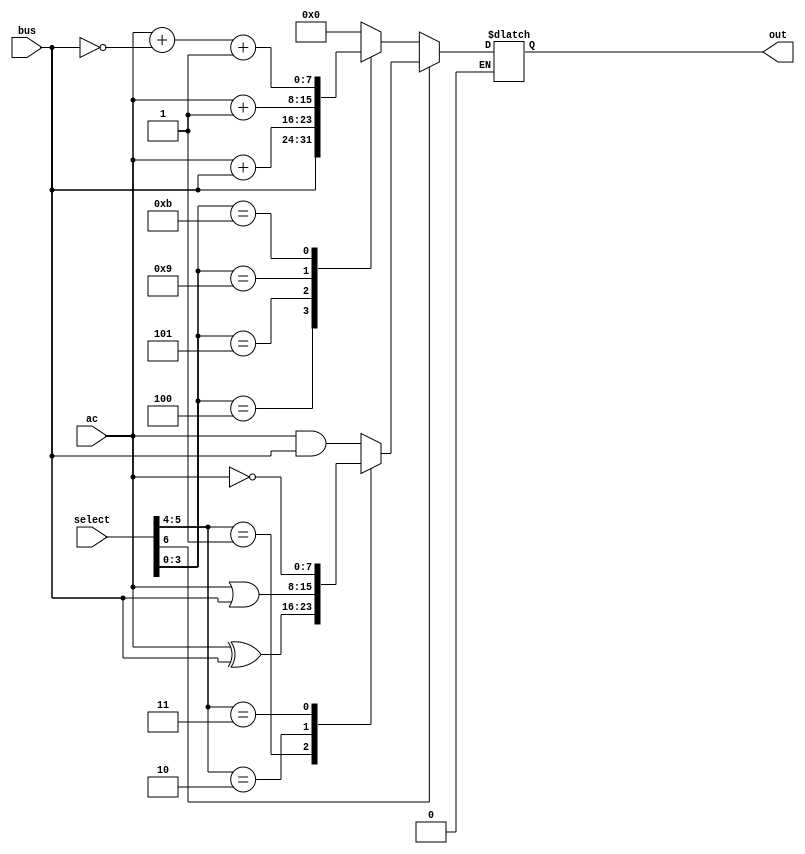
module ALU(ac, bus, select, out);

	input [7:0] ac;
	input [7:0] bus;
	input [6:0] select;
	output reg [7:0] out; 

	always @(*)
	begin
		if (select[6] == 0)
			begin
				case(select[3:0])
					4'b0000: out = 8'b0000_0000;
					4'b0100: out = bus;
					4'b0101: out = ac + bus;
					4'b1001: out = ac + 1'b1;
					4'b1011: out = ac + ~bus + 1'b1;
					default: out = 8'b0000_0000;
				endcase
			end
			
		if (select[6] == 1)
			begin
				case(select[5:4])
					2'b00: out = ac & bus;
					2'b01: out = ac ^ bus;
					2'b10: out = ac | bus;
					2'b11: out = ~ac;
					default: out = 8'b0000_0000;
				endcase
			end
	end
	
endmodule